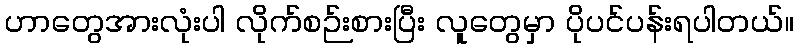
ဟာတွေအားလုံးပါ လိုက်စဉ်းစားပြီး လူတွေမှာ ပိုပင်ပန်းရပါတယ်။